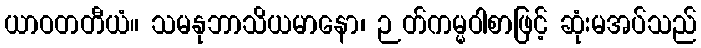
ယာဝတတီယံ။ သမနုဘာသိယမာနော၊ ဉတ်ကမ္မဝါစာဖြင့် ဆုံးမအပ်သည်